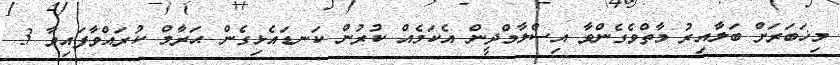
މިޚަބަރަށް ބަލާއިރު މާތްވެގެންވާ އިސްލާމްދީން އެކަމެއް ކުރުން ކަނޑައެޅިގެން ޙަރާމް ކުރައްވާފައިވާ 3